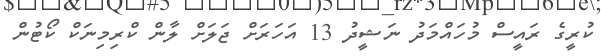
ކުރީގެ ރައީސް މުހައްމަދު ނަޝީދު 13 އަހަރަށް ޖަލަށް ލާން ކްރިމިނަކް ކޯޓުން